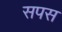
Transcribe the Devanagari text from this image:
सपस